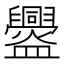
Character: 𥃘